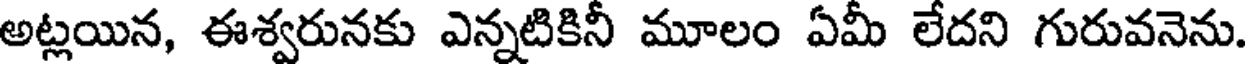
అట్లయిన, ఈశ్వరునకు ఎన్నటికినీ మూలం ఏమీ లేదని గురువనెను.